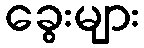
ခွေးများ